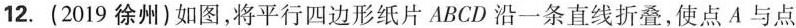
12.(2019徐州)如图，将平行四边形纸片ABCD沿一条直线折叠，使点A与点